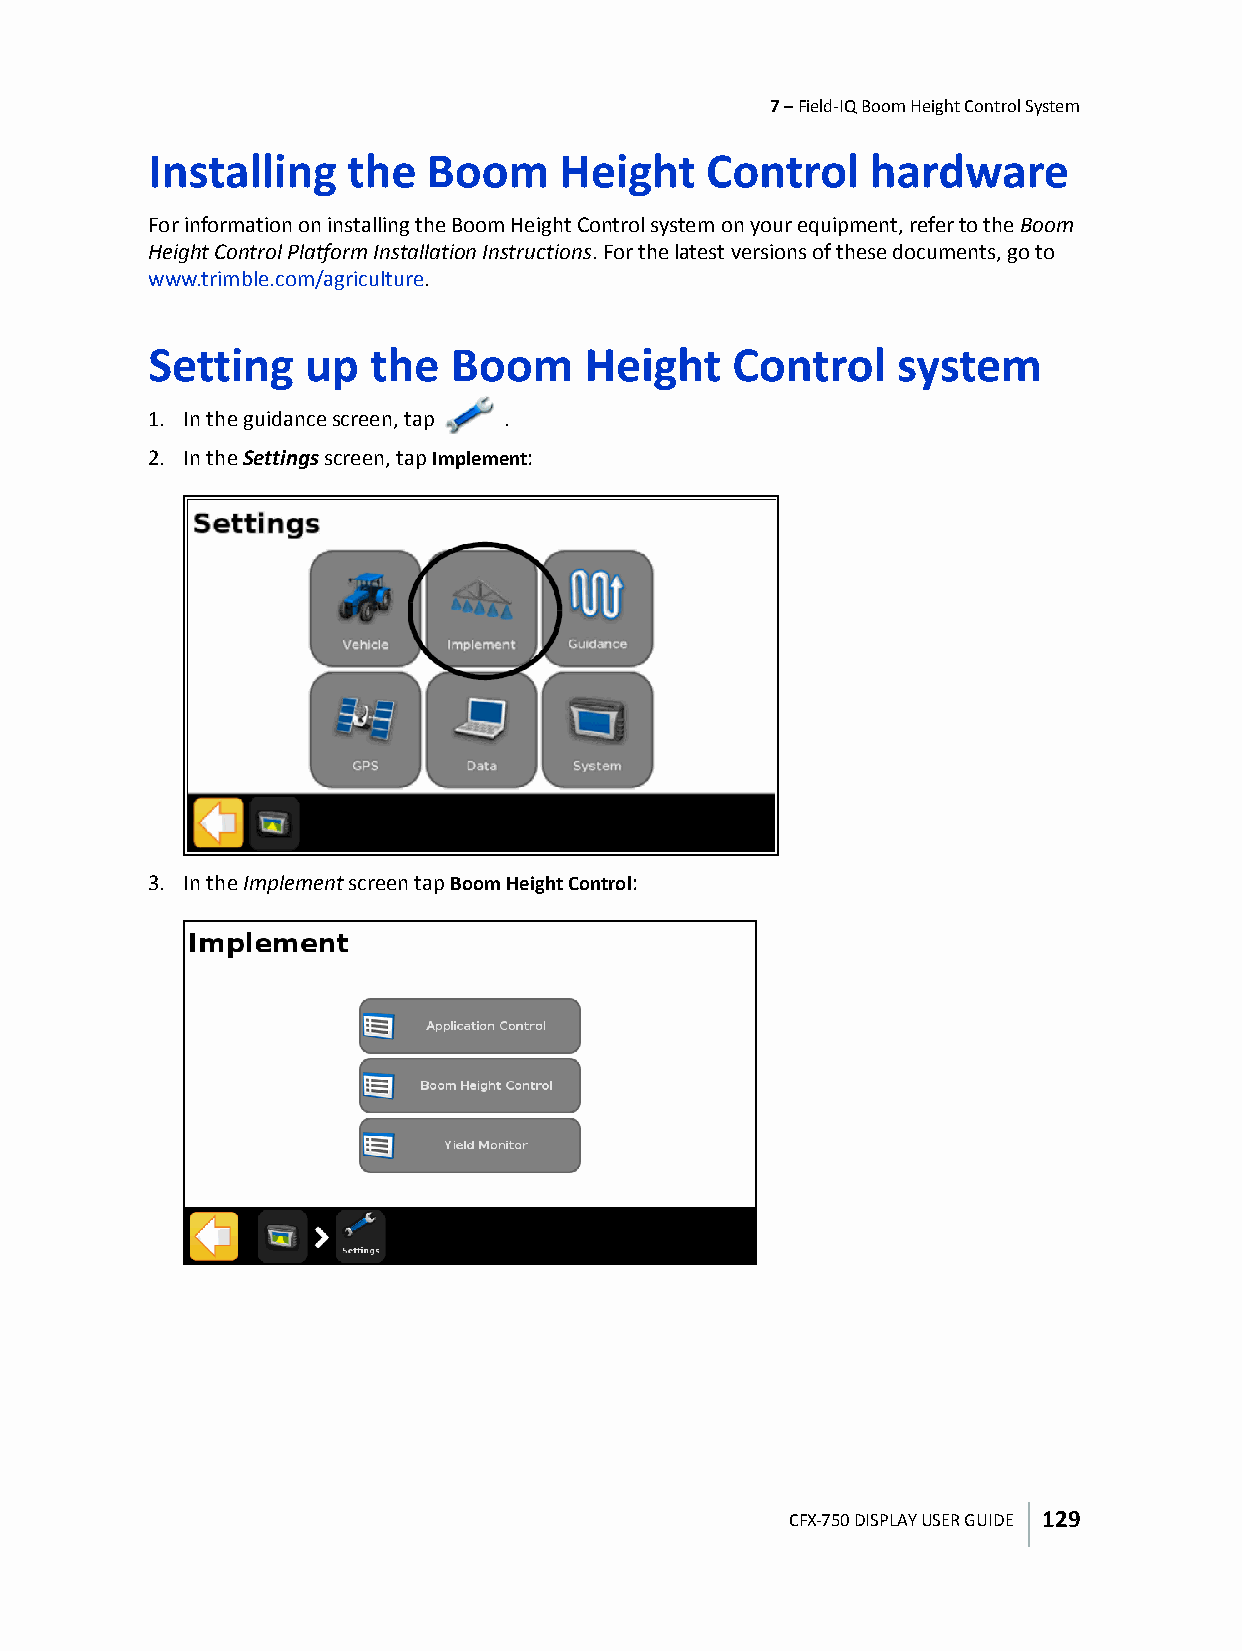
7 – Field-IQ Boom Height Control System
 Installing   the  Boom     Height    Control    hardware
 For information on installing the Boom Height Control system on your equipment, refer to the Boom
 Height Control Platform Installation Instructions. For the latest versions of these documents, go to
 www.trimble.com/agriculture.
 Setting   up   the  Boom     Height    Control   system
 1. In the guidance screen, tap .
 2. In the Settings screen, tap Implement:
 3. In the Implement screen tap Boom Height Control:
 CFX-750 DISPLAY USER GUIDE 129